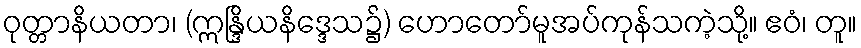
ဝုတ္တာနိယတာ၊ (ဣန္ဒြိယနိဒ္ဒေသ၌) ဟောတော်မူအပ်ကုန်သကဲ့သို့။ ဧဝံ၊ တူ။